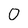
Character: 0